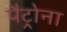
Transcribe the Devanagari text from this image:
पैट्रोना